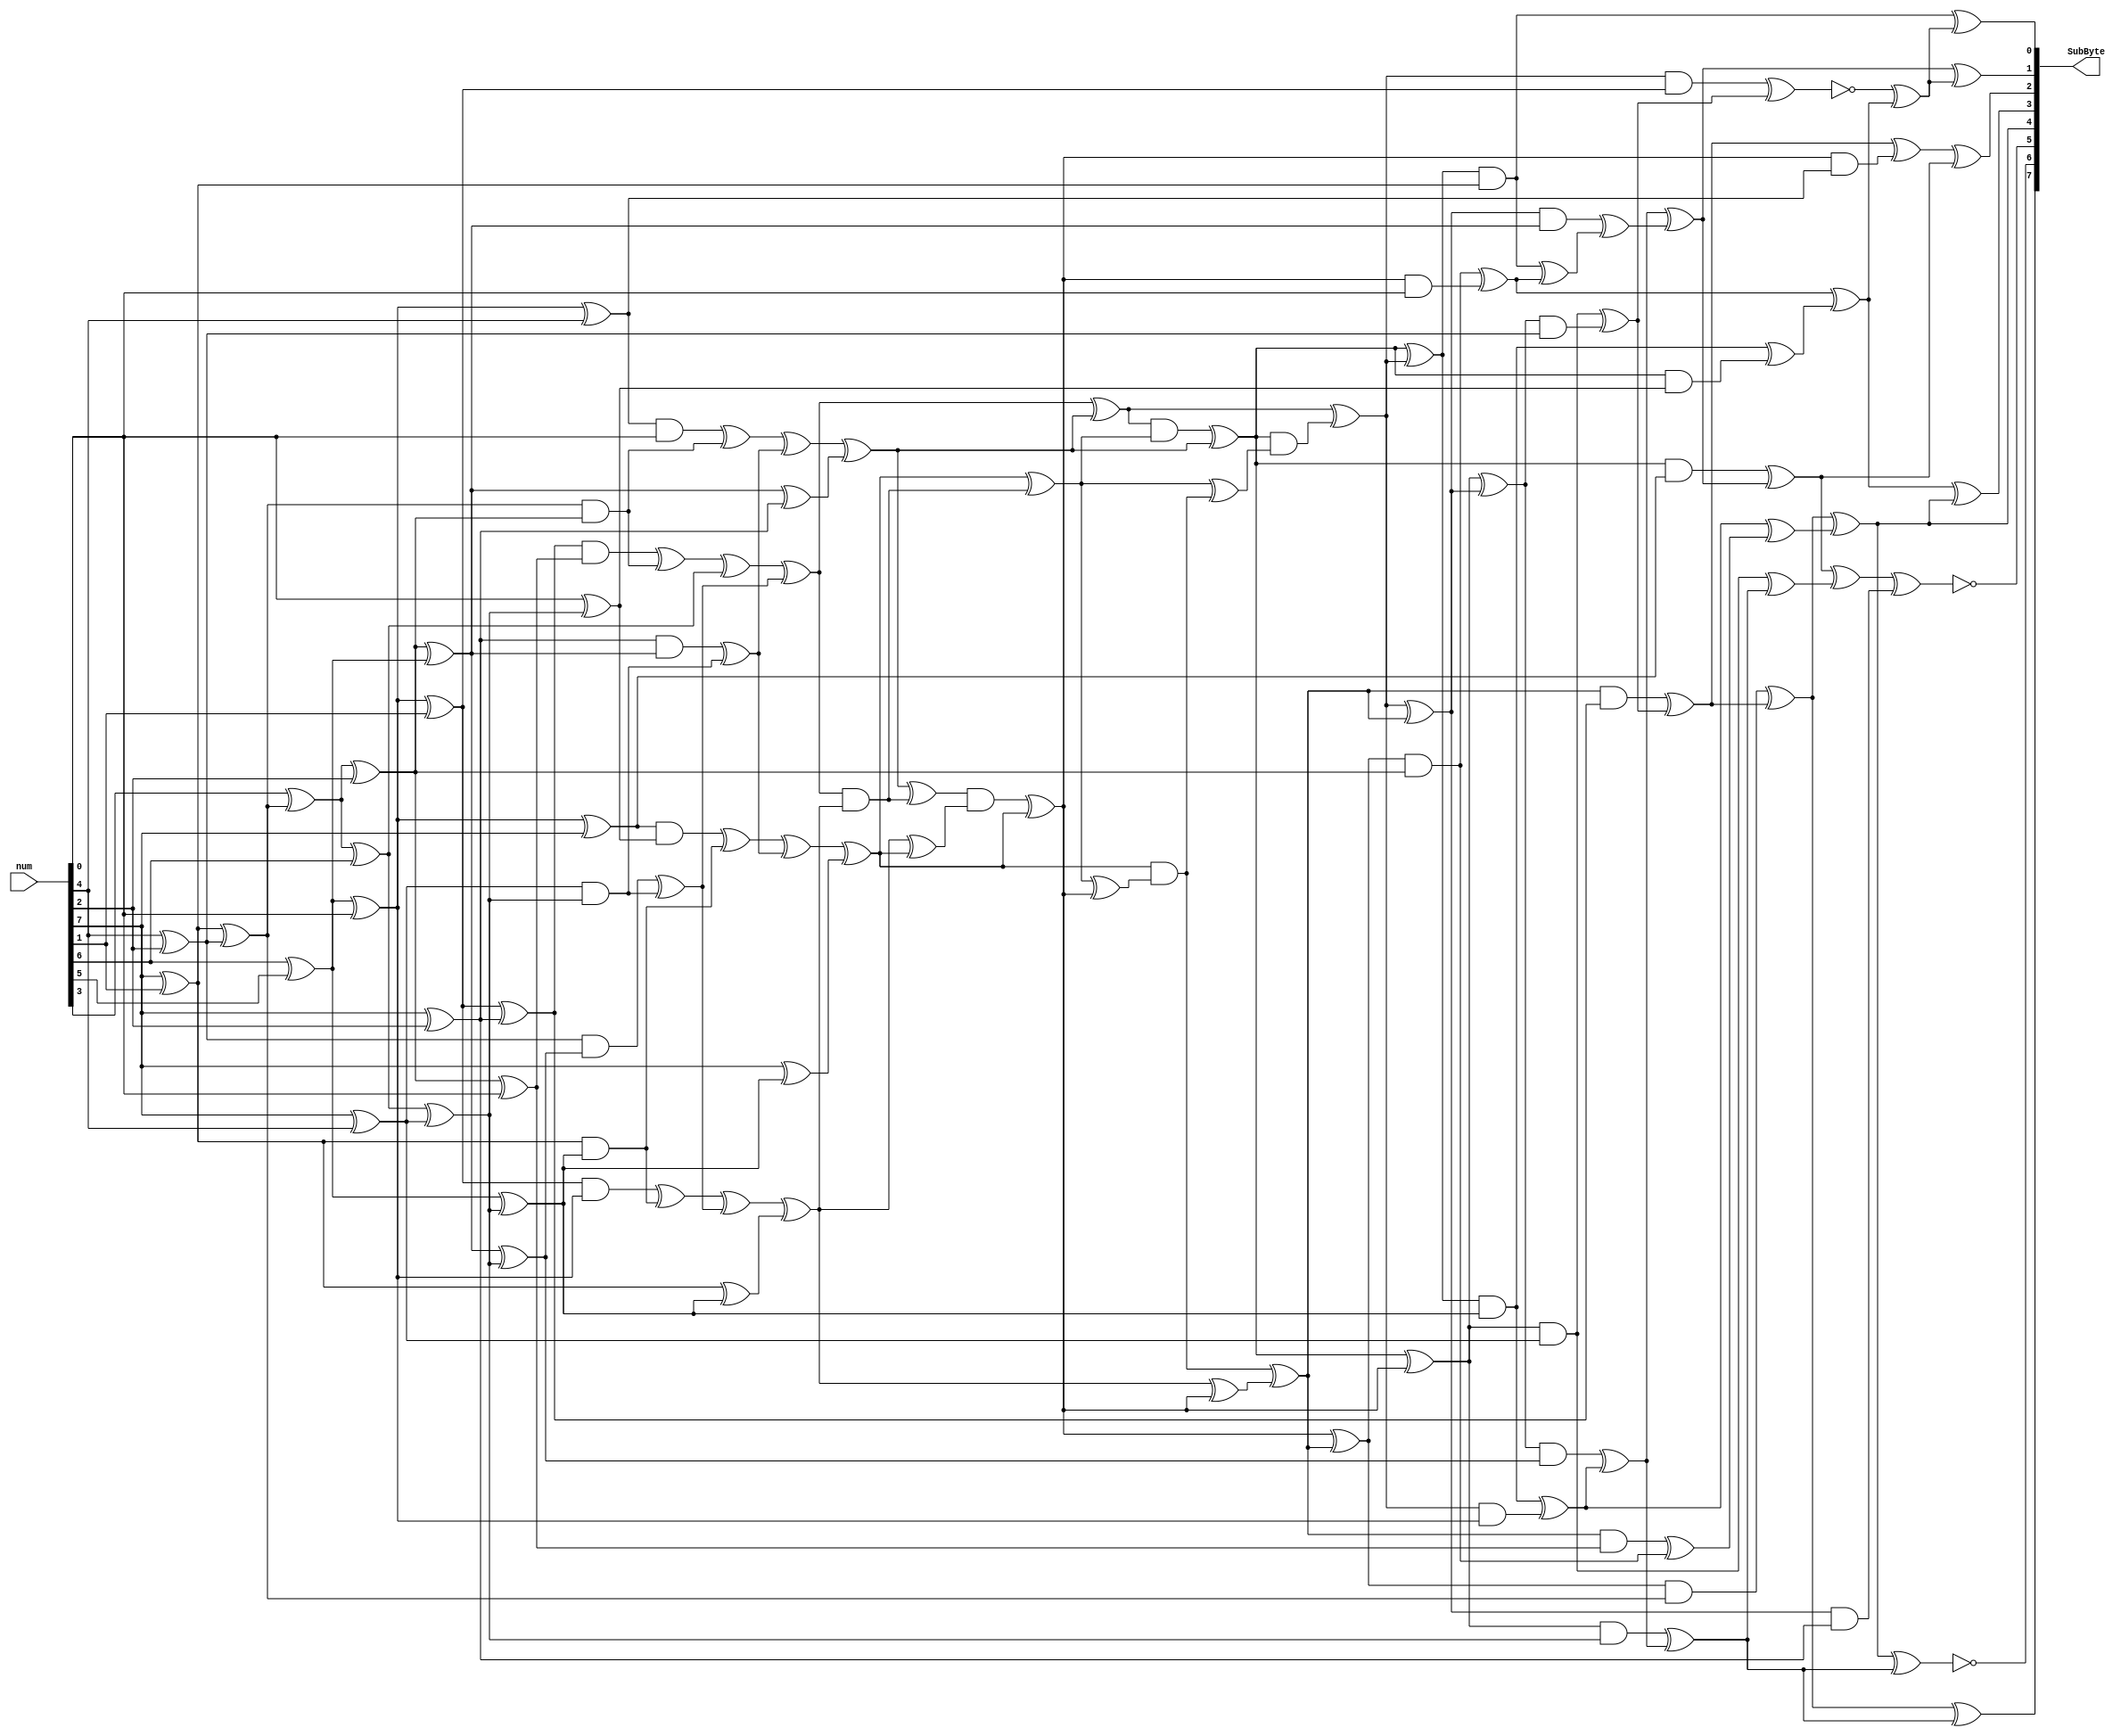
// http://cs-www.cs.yale.edu/homes/peralta/CircuitStuff/SLP_AES_113.txt
module sbox(
	output [7:0] SubByte,
	input [7:0] num
	);
	
	wire[0:7] S, U;

	assign U = num;
	assign SubByte = S;
	
assign y14 = U[3] ^ U[5];
assign y13 = U[0] ^ U[6];
assign y9 = U[0] ^ U[3];
assign y8 = U[0] ^ U[5];
assign t0 = U[1] ^ U[2];
assign y1 = t0 ^ U[7];
assign y4 = y1 ^ U[3];
assign y12 = y13 ^ y14;
assign y2 = y1 ^ U[0];
assign y5 = y1 ^ U[6];
assign y3 = y5 ^ y8;
assign t1 = U[4] ^ y12;
assign y15 = t1 ^ U[5];
assign y20 = t1 ^ U[1];
assign y6 = y15 ^ U[7];
assign y10 = y15 ^ t0;
assign y11 = y20 ^ y9;
assign y7 = U[7] ^ y11;
assign y17 = y10 ^ y11;
assign y19 = y10 ^ y8;
assign y16 = t0 ^ y11;
assign y21 = y13 ^ y16;
assign y18 = U[0] ^ y16;
assign t2 = y12 & y15;
assign t3 = y3 & y6;
assign t4 = t3 ^ t2;
assign t5 = y4 & U[7];
assign t6 = t5 ^ t2;
assign t7 = y13 & y16;
assign t8 = y5 & y1;
assign t9 = t8 ^ t7;
assign t10 = y2 & y7;
assign t11 = t10 ^ t7;
assign t12 = y9 & y11;
assign t13 = y14 & y17;
assign t14 = t13 ^ t12;
assign t15 = y8 & y10;
assign t16 = t15 ^ t12;
assign t17 = t4 ^ y20;
assign t18 = t6 ^ t16;
assign t19 = t9 ^ t14;
assign t20 = t11 ^ t16;
assign t21 = t17 ^ t14;
assign t22 = t18 ^ y19;
assign t23 = t19 ^ y21;
assign t24 = t20 ^ y18;
assign t25 = t21 ^ t22;
assign t26 = t21 & t23;
assign t27 = t24 ^ t26;
assign t28 = t25 & t27;
assign t29 = t28 ^ t22;
assign t30 = t23 ^ t24;
assign t31 = t22 ^ t26;
assign t32 = t31 & t30;
assign t33 = t32 ^ t24;
assign t34 = t23 ^ t33;
assign t35 = t27 ^ t33;
assign t36 = t24 & t35;
assign t37 = t36 ^ t34;
assign t38 = t27 ^ t36;
assign t39 = t29 & t38;
assign t40 = t25 ^ t39;
assign t41 = t40 ^ t37;
assign t42 = t29 ^ t33;
assign t43 = t29 ^ t40;
assign t44 = t33 ^ t37;
assign t45 = t42 ^ t41;
assign z0 = t44 & y15;
assign z1 = t37 & y6;
assign z2 = t33 & U[7];
assign z3 = t43 & y16;
assign z4 = t40 & y1;
assign z5 = t29 & y7;
assign z6 = t42 & y11;
assign z7 = t45 & y17;
assign z8 = t41 & y10;
assign z9 = t44 & y12;
assign z10 = t37 & y3;
assign z11 = t33 & y4;
assign z12 = t43 & y13;
assign z13 = t40 & y5;
assign z14 = t29 & y2;
assign z15 = t42 & y9;
assign z16 = t45 & y14;
assign z17 = t41 & y8;
assign tc1 = z15 ^ z16;
assign tc2 = z10 ^ tc1;
assign tc3 = z9 ^ tc2;
assign tc4 = z0 ^ z2;
assign tc5 = z1 ^ z0;
assign tc6 = z3 ^ z4;
assign tc7 = z12 ^ tc4;
assign tc8 = z7 ^ tc6;
assign tc9 = z8 ^ tc7;
assign tc10 = tc8 ^ tc9;
assign tc11 = tc6 ^ tc5;
assign tc12 = z3 ^ z5;
assign tc13 = z13 ^ tc1;
assign tc14 = tc4 ^ tc12;
assign S[3] = tc3 ^ tc11;
assign tc16 = z6 ^ tc8;
assign tc17 = z14 ^ tc10;
assign tc18 = ~tc13 ^ tc14;
assign S[7] = z12 ^ tc18;
assign tc20 = z15 ^ tc16;
assign tc21 = tc2 ^ z11;
assign S[0] = tc3 ^ tc16;
assign S[6] = tc10 ^ tc18;
assign S[4] = tc14 ^ S[3];
assign S[1] = ~(S[3] ^ tc16);
assign tc26 = tc17 ^ tc20;
assign S[2] = ~(tc26 ^ z17);
assign S[5] = tc21 ^ tc17;
  
endmodule 

module SubBytes(
x,
z);

  input [127:0] x;
  output [127:0] z;

  generate
    genvar i;
    for (i = 0; i < 16; i = i + 1) begin:SBOX
	  sbox sbox(z[8*(i+1)-1:8*i], x[8*(i+1)-1:8*i]);
    end
  endgenerate


endmodule